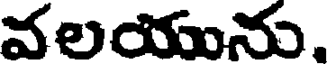
వలయును.